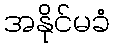
အနိုင်မခံ